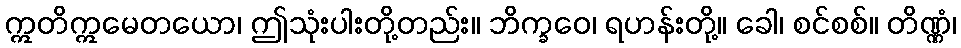
ဣတိဣမေတယော၊ ဤသုံးပါးတို့တည်း။ ဘိက္ခဝေ၊ ရဟန်းတို့။ ခေါ၊ စင်စစ်။ တိဏ္ဏံ၊